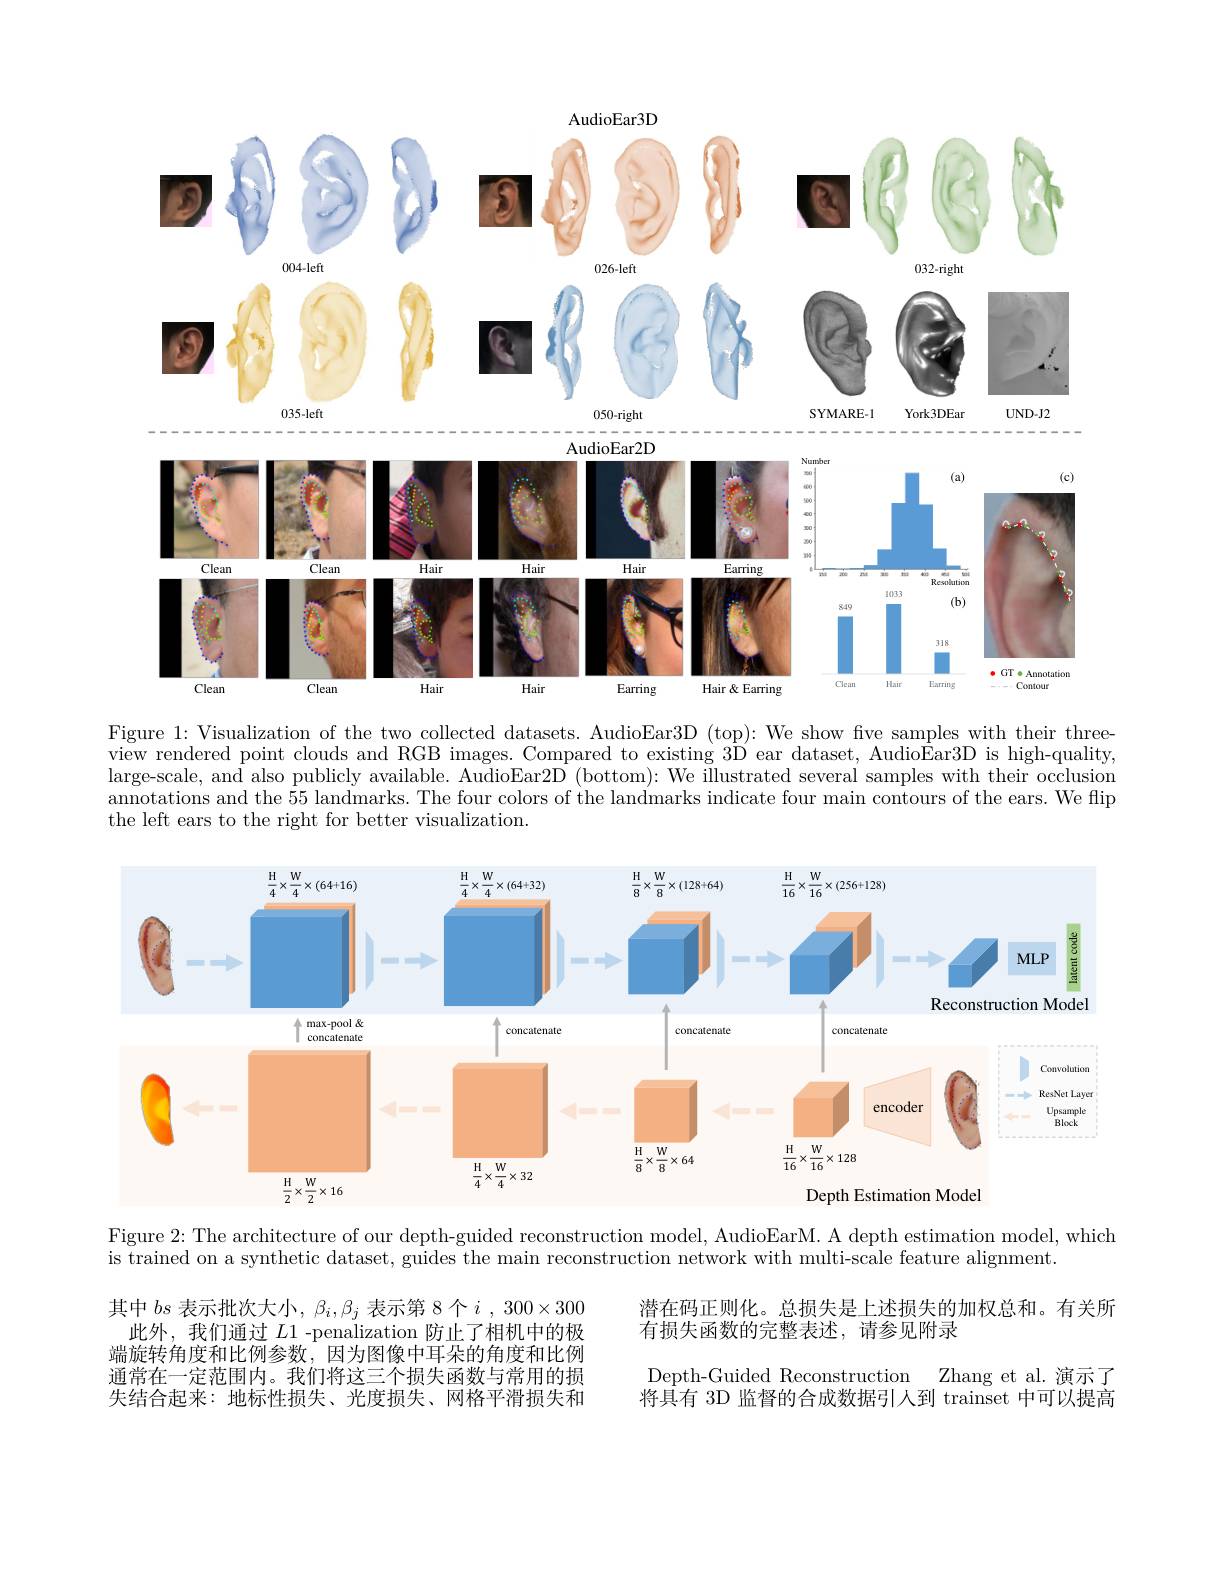
AudioEar3D
<FigureHere>

Figure 1: Visualization of the two collected datasets. AudioEar3D (top): We show five samples with their threeview rendered point clouds and RGB images. Compared to existing 3D' ear dataset, AudioEar3D is high-quality, large-scale, and also publicly available. AudioEar2D (bottom): We illustrated several samples with their occlusion annotations and the 55 landmarks. The four colors of the landmarks indicate four main contours of the ears. We flip the left ears to the right for better visualization.

<FigureHere>

Figure 2:The architecture of our depth-guided reconstruction model, AudioEarM. A depth estimation model, which
is trained on a synthetic dataset, guides the main reconstruction network with multi-scale feature alignment.

潜在码正则化。总损失是上述损失的加权总和。有关所
有损失函数的完整表述，请参见附录

其中$bs$表示批次大小，$\beta_i,\beta_j$表示第 8 个$i,300\times300$
此外，我们通过$L$1-penalization 防止了相机中的极端旋转角度和比例参数，因为图像中耳朵的角度和比例通常在一定范围内。我们将这三个损失函数与常用的损失结合起来：地标性损失、光度损失、网格平滑损失和

Depth-Guided Reconstruction Zhang et al. 演示了将具有 3D 监督的合成数据引人到 trainset 中可以提高